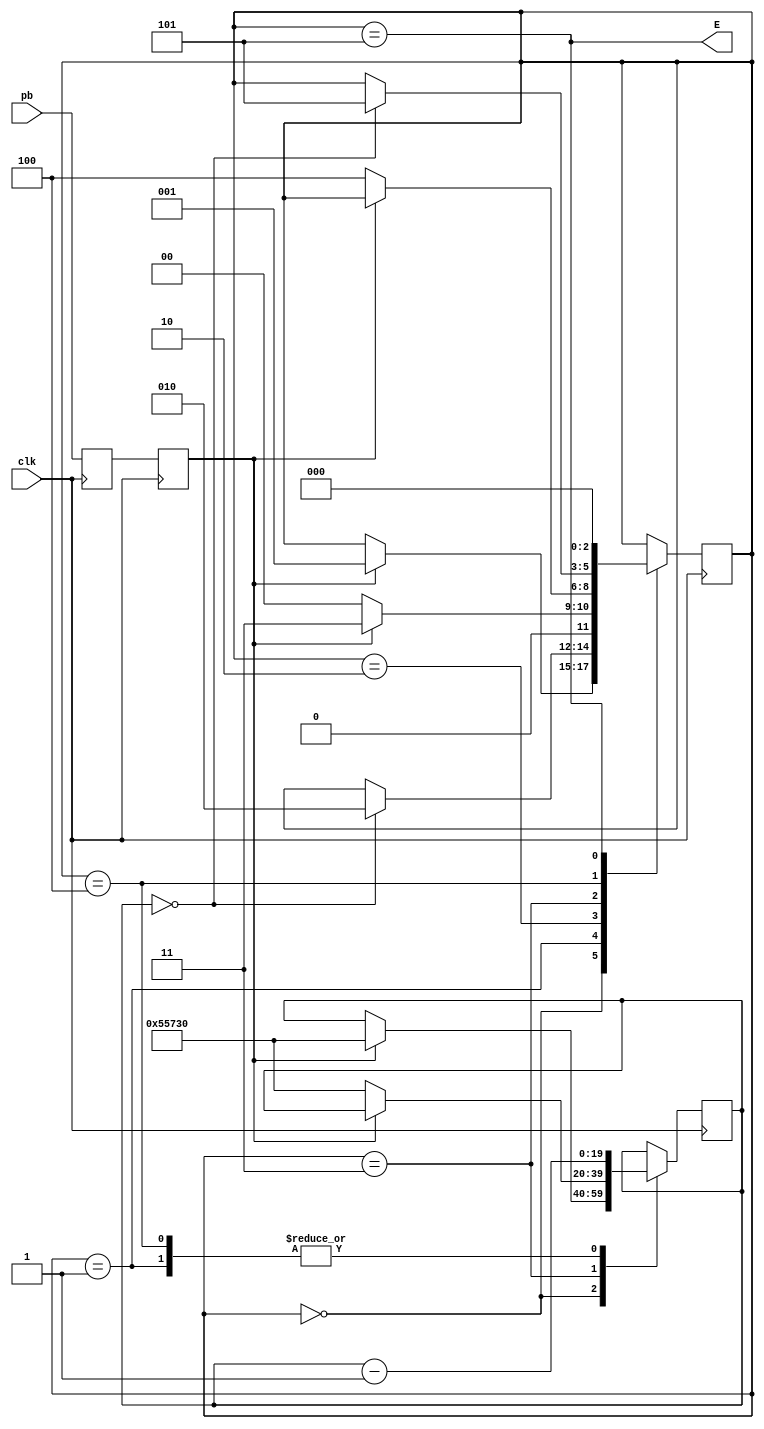
`timescale 1ns / 1ps
//////////////////////////////////////////////////////////////////////////////////
// Module Name:		Debouncer
// Project Name:		
// Target Devices:	SPARTAN 3E
// Description:		Push Button Debouncer
// Dependencies:		
//////////////////////////////////////////////////////////////////////////////////
module Debouncer(
	output E,
	input pb,			// Push button
	input clk
	);
	
	// Delay Parameter
	parameter DELAY_7ms = 20'd350_000;
	
	reg [19:0]SDC;		// Signal Delay Counter
	reg dpb;				// Q of first flip flop
	reg spb;				// Q of second flip flop
	reg [2:0]currentState;

	initial begin
		currentState = 0;
		dpb = 0;
		spb = 0;
	end

	// Clock in data into flip flops
	always@(posedge clk) begin
		dpb <= pb;
		spb <= dpb;
	end

	// Assert E while current state is 5 (one clock cycle)
	assign E = currentState == 5;

	always@(posedge clk) begin
		case(currentState)
			0:	begin : Button_Pressed_Set_Delay
					if (spb) begin				// If the button was pressed
						SDC <= DELAY_7ms;		// Set Delay of 7ms
						currentState <= 1;	// Continue
					end
				end
			1:	begin : Wait_Pressed_Delay_Time
					SDC <= SDC - 1;			// Decrement Delay Counter
					if (SDC == 0)				// If Delay counter cleared
						currentState <= 2;	// Continue
				end
			2:	begin : Check_Button_Status
					if (spb)						// If button still pressed
						currentState <= 3;	// Continue
					else							// Else
						currentState <= 0;	// Start over
				end
			3:	begin : Button_Depressed_Set_Delay
					if (!spb) begin			// If button now depressed
						SDC <= DELAY_7ms;		// Set Delay of 7ms
						currentState <= 4;	// Continue
					end
				end
			4:	begin : Wait_Depressed_Delay_Time
					SDC <= SDC - 1;			// Decrement Delay Counter
					if (SDC == 0)				// If Delay counter cleared
						currentState <= 5;	// Continue
				end
			5:	begin : E_Asserted
					currentState <= 0;		// Start over
				end
		endcase
	end

endmodule